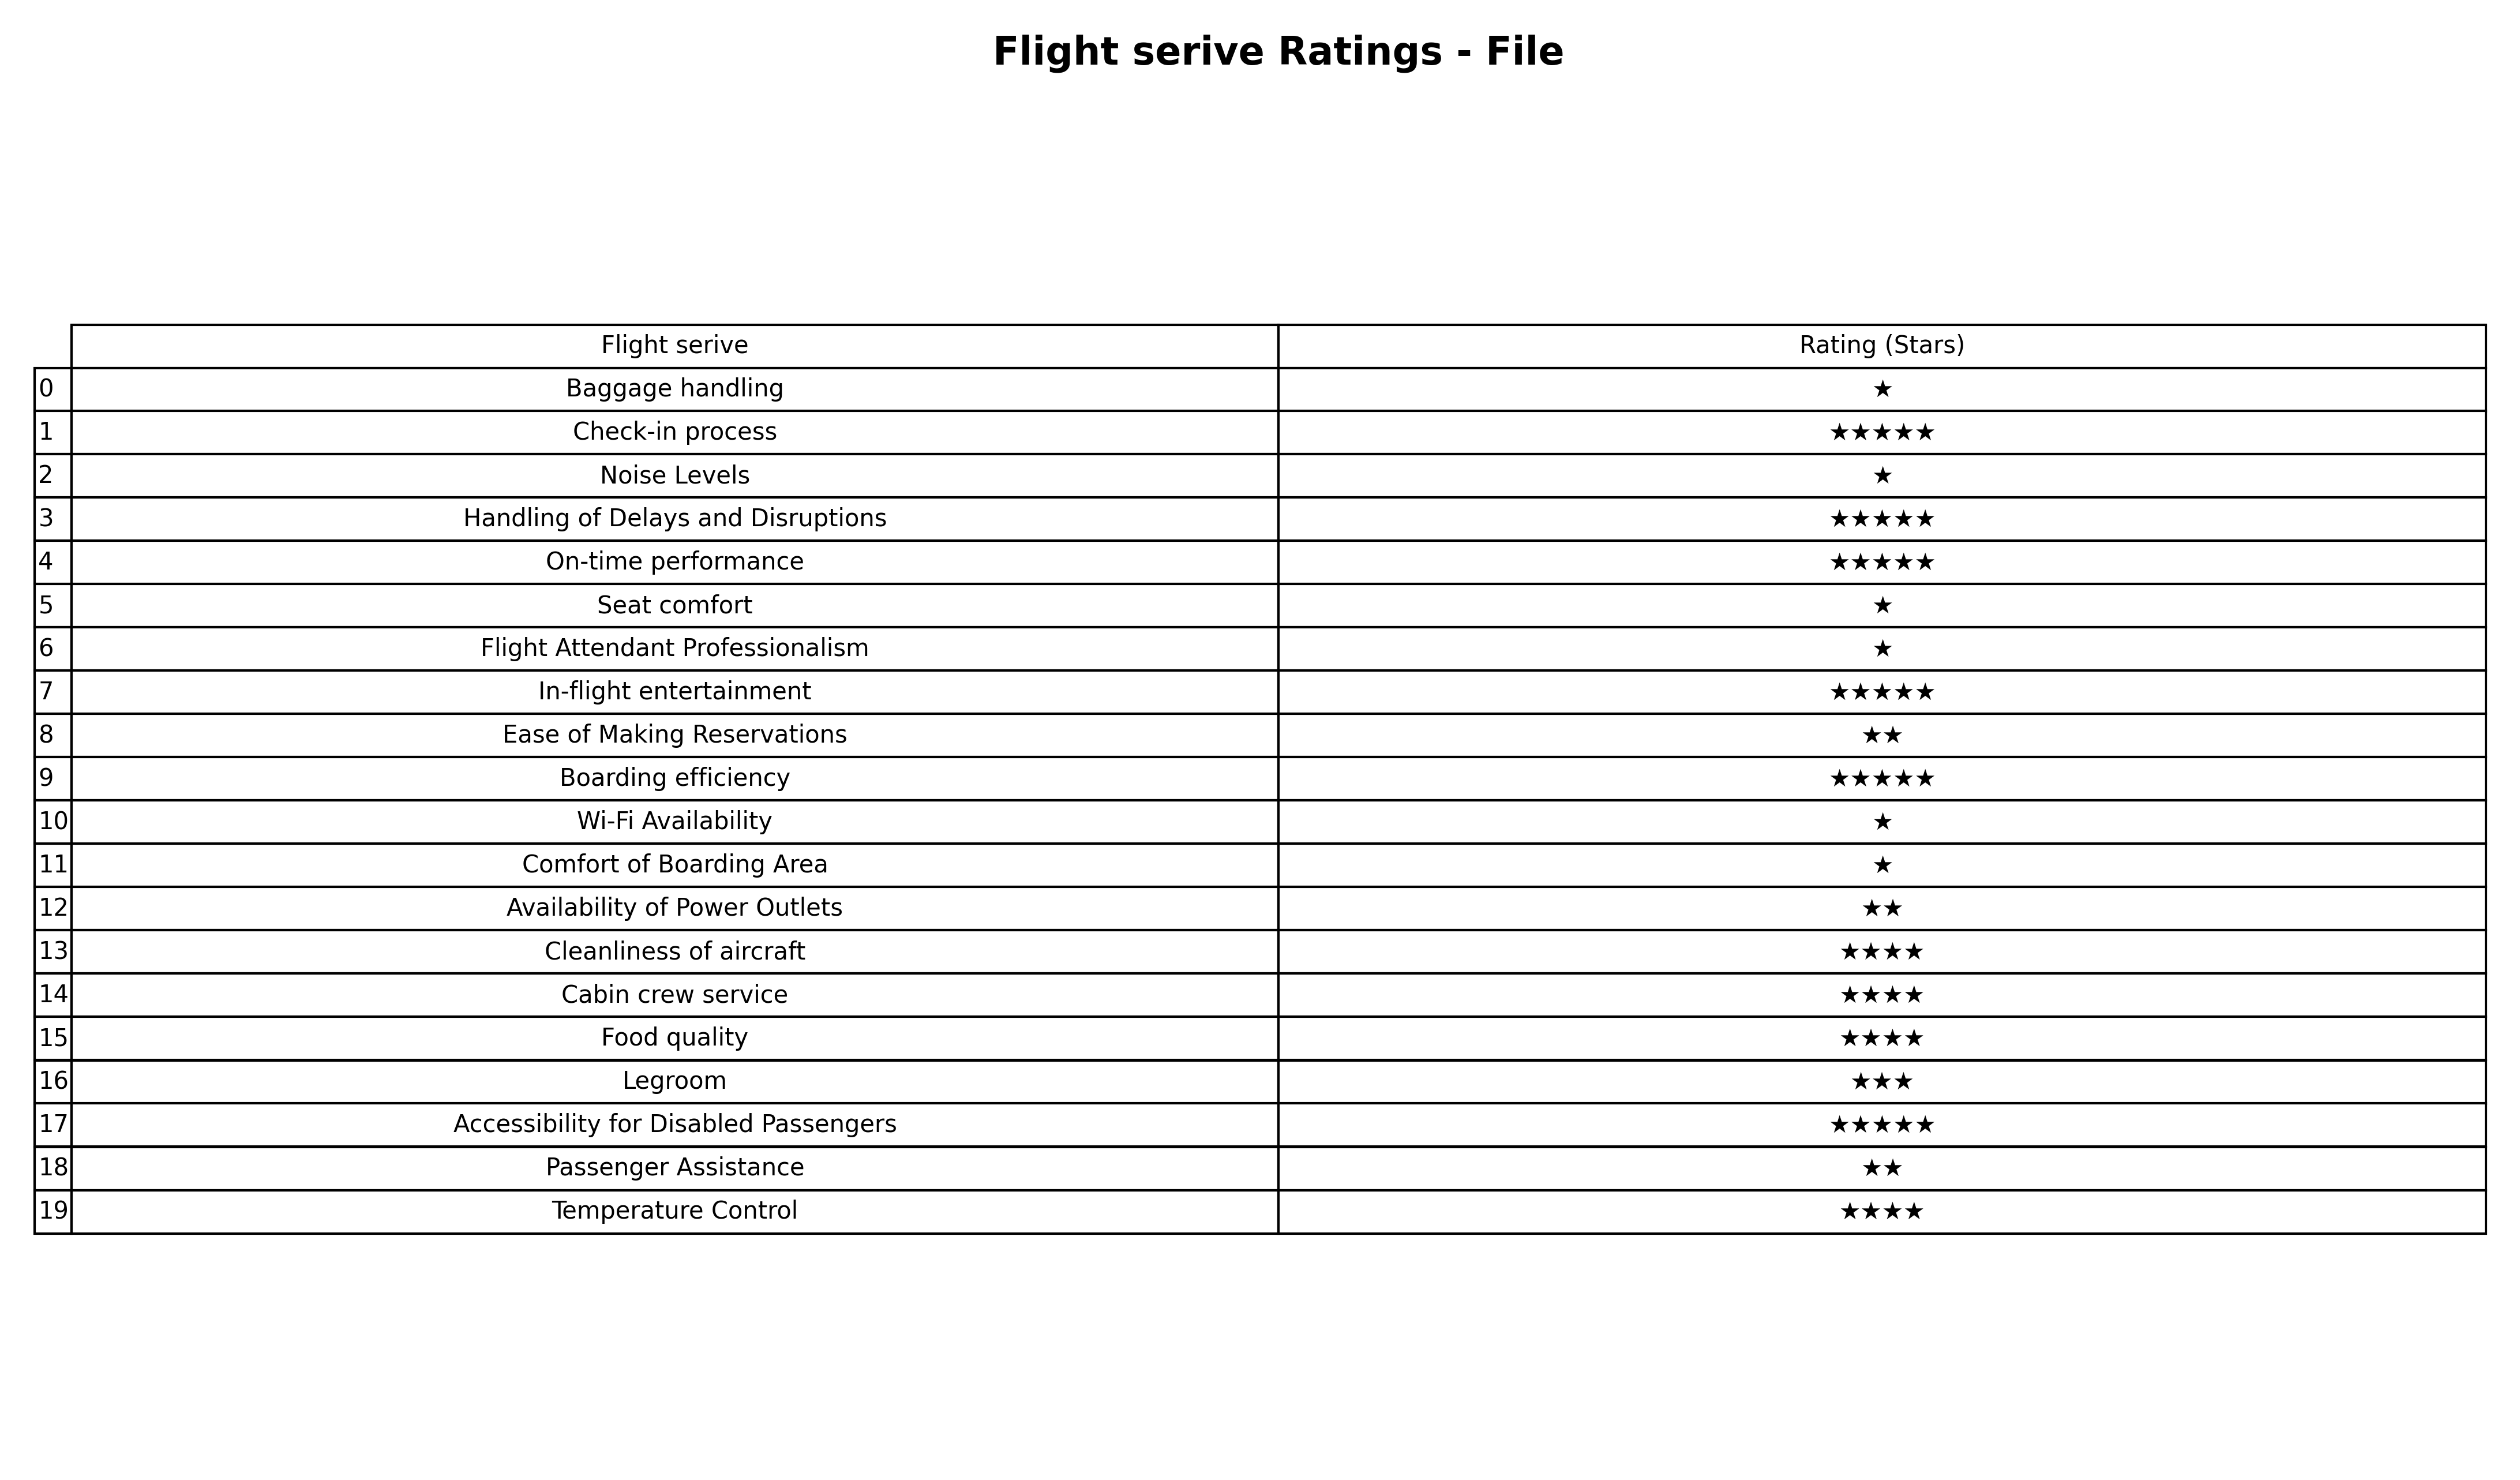
question: What is the rating of Cleanliness of aircraft?
answer: ★★★★